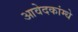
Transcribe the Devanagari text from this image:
आवेदकांम्धे